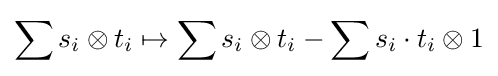
\sum s_{i}\otimes t_{i}\mapsto \sum s_{i}\otimes t_{i}-\sum s_{i}\cdot t_{i}\otimes 1